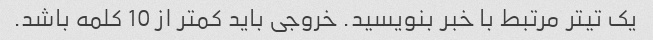
یک تیتر مرتبط با خبر بنویسید. خروجی باید کمتر از 10 کلمه باشد.